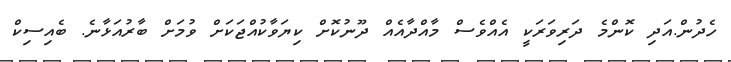
ހެދުން.އަދި ކޮންމެ ދަރިވަރަކީ އެއްވެސް މާއްދާއެއް ދޫނުކޮށް ކިޔަވާކުއްޖަކަށް ވުމަށް ބާރުއަޅާނެ. ބެއިސިކް